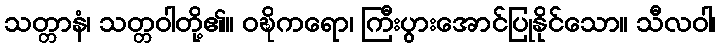
သတ္တာနံ၊ သတ္တဝါတို့၏။ ဝဍ္ဎိကရော၊ ကြီးပွားအောင်ပြုနိုင်သော။ သီလဝါ၊